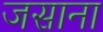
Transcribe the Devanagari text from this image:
जसाना